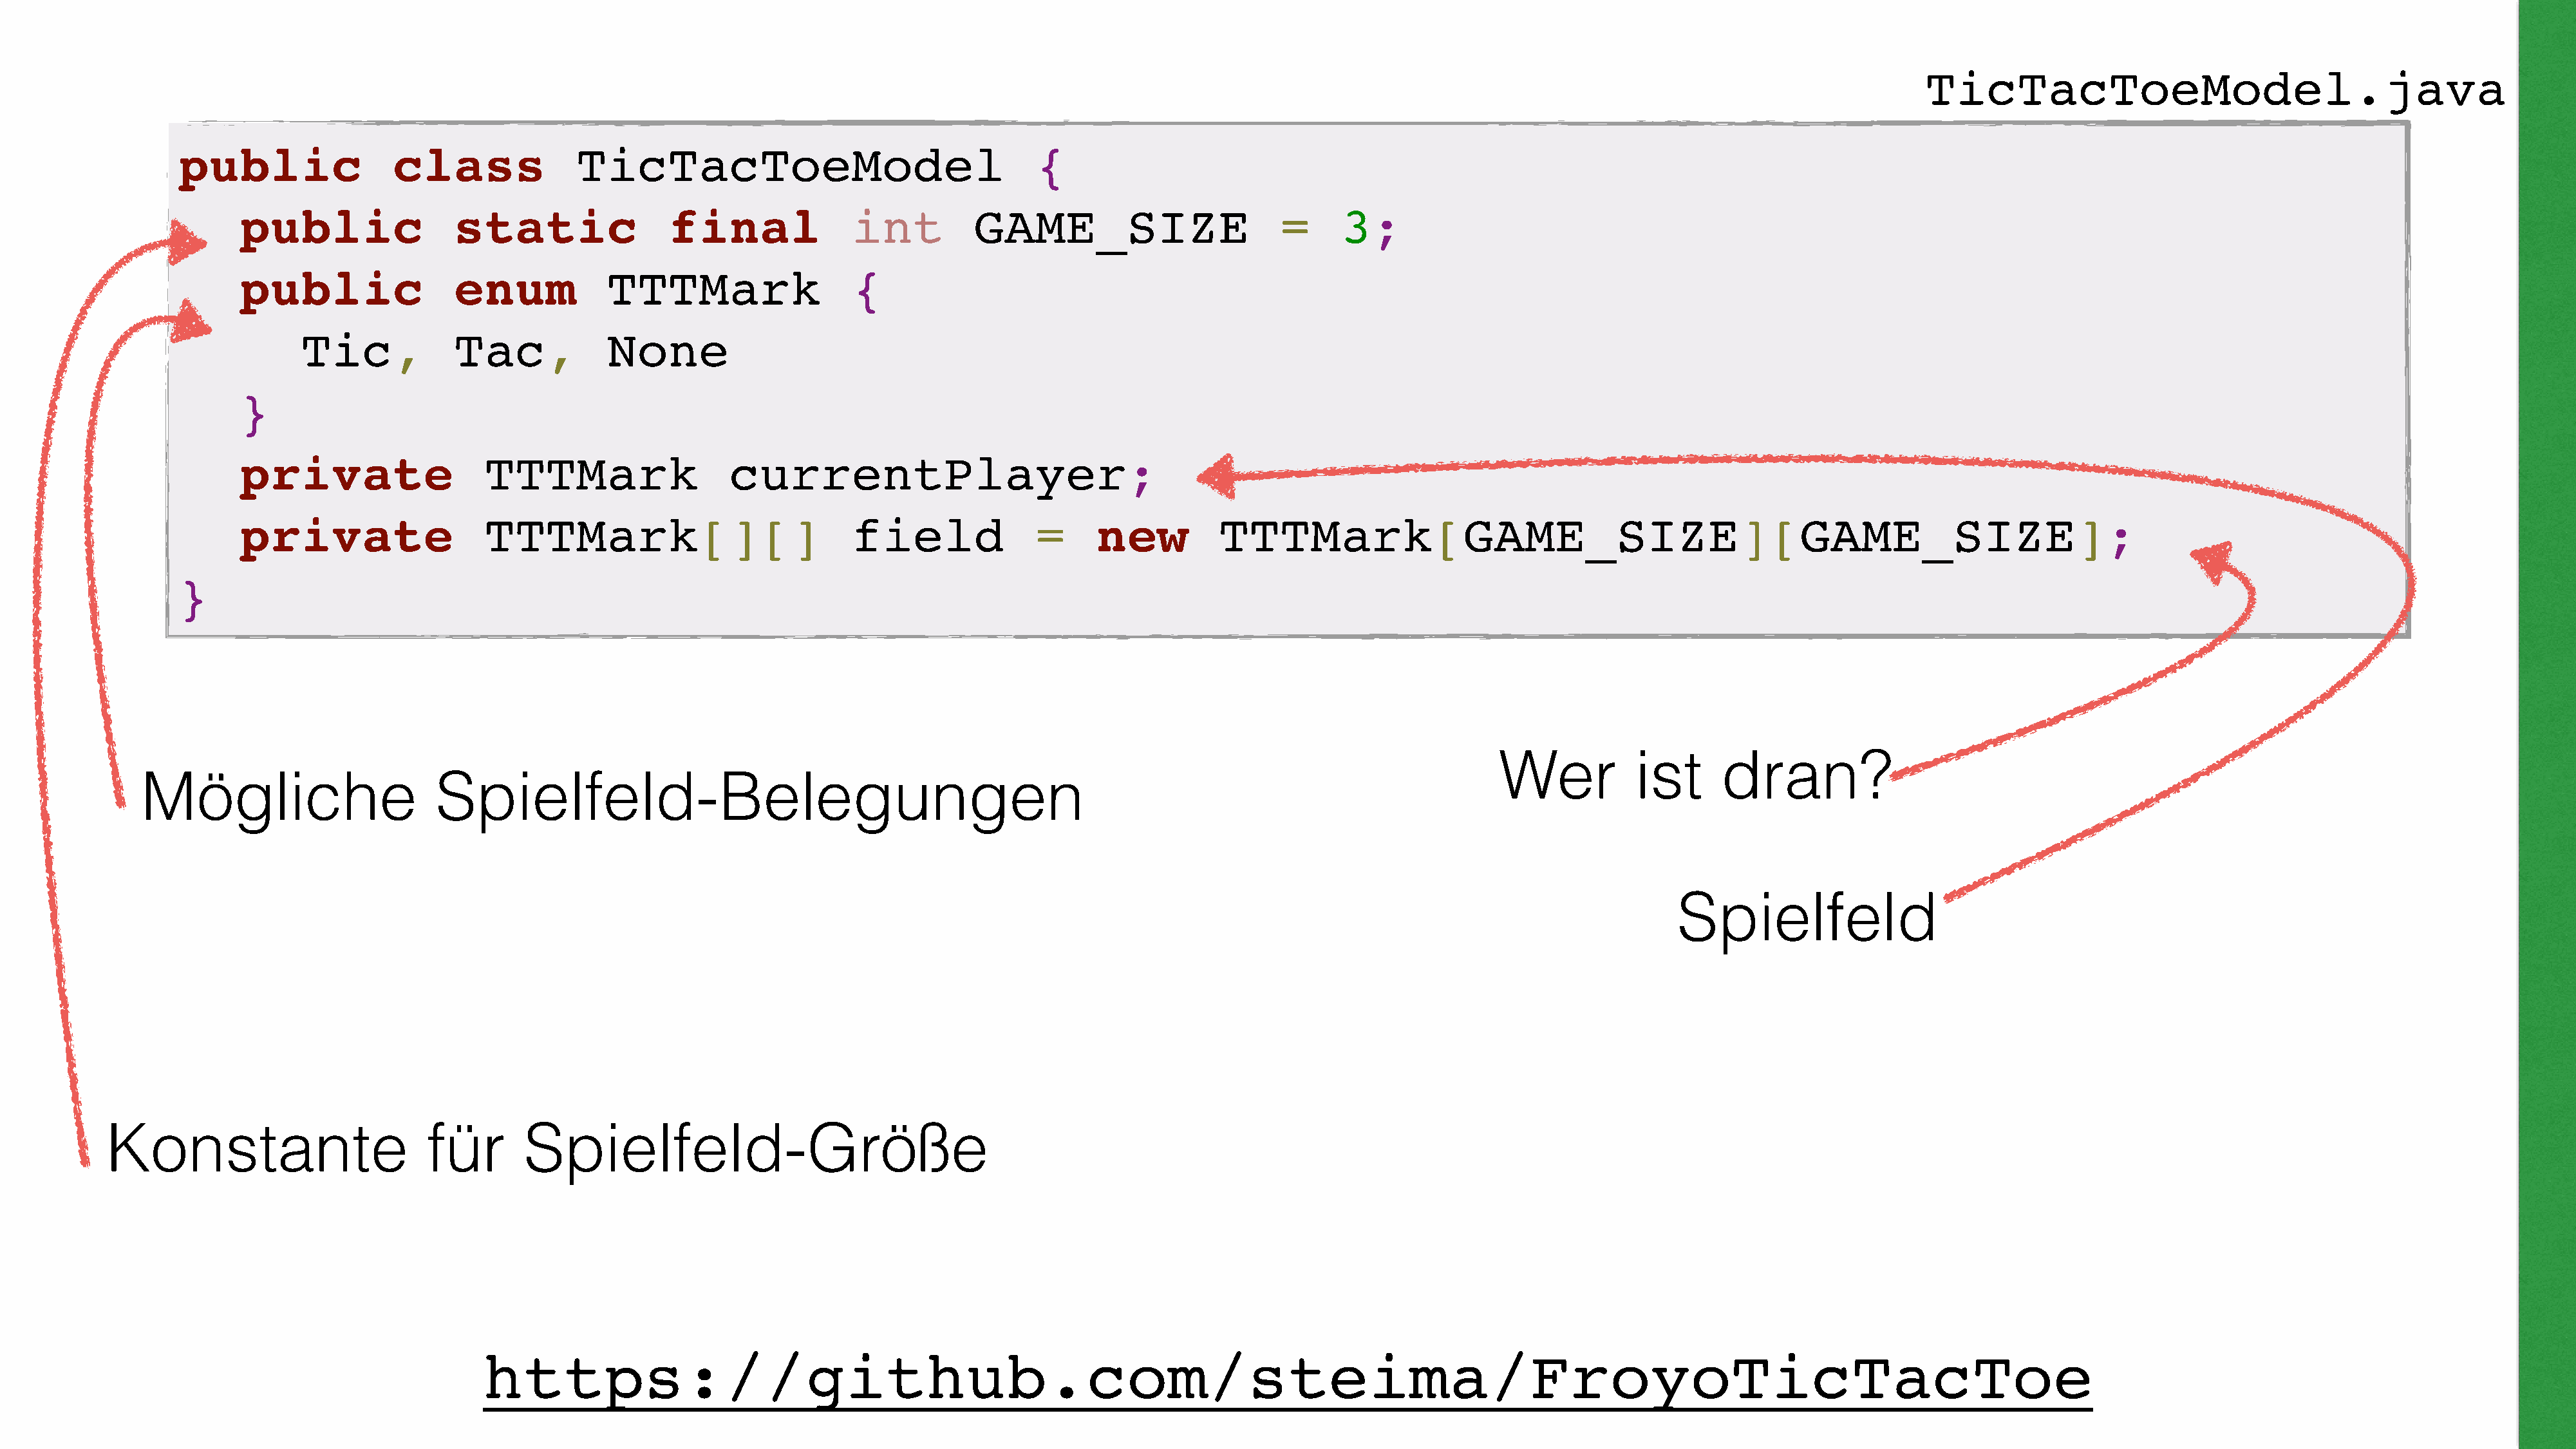
TicTacToeModel.java
 public                class              TicTacToeModel                                 {
 public                static                final              int         GAME_SIZE                       =     3;
 public                enum           TTTMark                   {
 Tic,            Tac,           None
 }
 private                  TTTMark                  currentPlayer;
 private                  TTTMark[][]                           field             =      new         TTTMark[GAME_SIZE][GAME_SIZE];
 }
 Wer           ist      dran?
 Mögliche                       Spielfeld-Belegungen
 Spielfeld
 Konstante                        für       Spielfeld-Größe
 https://github.com/steima/FroyoTicTacToe